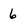
Character: 6